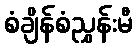
စံချိန်စံညွှန်းမီ